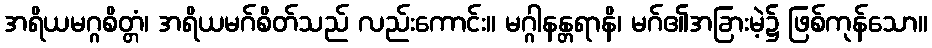
အရိယမဂ္ဂစိတ္တံ၊ အရိယမဂ်စိတ်သည် လည်းကောင်း။ မဂ္ဂါနန္တရာနိ၊ မဂ်၏အခြားမဲ့၌ ဖြစ်ကုန်သော။